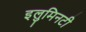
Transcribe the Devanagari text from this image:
इलुमिनटी